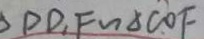
D D _ { 1 } F \sim \Delta C O F